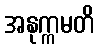
အနုက္ကမတိ